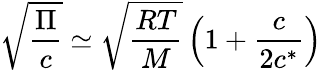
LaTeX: \sqrt{\frac{\Pi}{c}}\simeq\sqrt{\frac{RT}{M}}\left(1+\frac{c}{2c^{*}}\right)